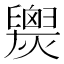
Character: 𱬧